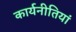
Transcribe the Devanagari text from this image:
कार्यनीतियां